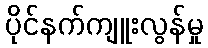
ပိုင်နက်ကျူးလွန်မှု